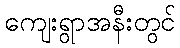
ကျေးရွာအနီးတွင်